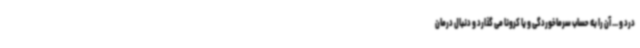
درد و ... آن را به حساب سرماخوردگی و یا کرونا می گذارد و دنبال درمان